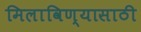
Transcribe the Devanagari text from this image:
मिलाविण्यासाठी